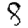
Digit: 8